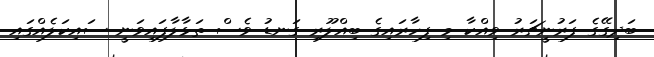
ބަދިގޭގެ ފަރުނީޗަރު ވިއްކާ މި ފިހާރައިގެ ބިއްލޫރި ގަނޑު ވެސް ތަޅާލާފައިވަނީ ސައިކަލެއްގައި